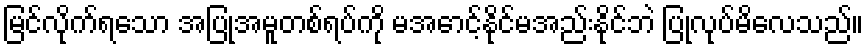
မြင်လိုက်ရသော အပြုအမူတစ်ရပ်ကို မအောင့်နိုင်မအည်းနိုင်ဘဲ ပြုလုပ်မိလေသည်။